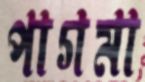
পাগমা